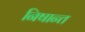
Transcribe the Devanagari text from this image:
निषान्त